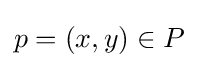
p=(x,y)\in P